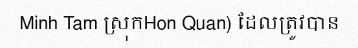
Minh Tam ស្រុកHon Quan) ដែលត្រូវបាន